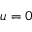
u = 0